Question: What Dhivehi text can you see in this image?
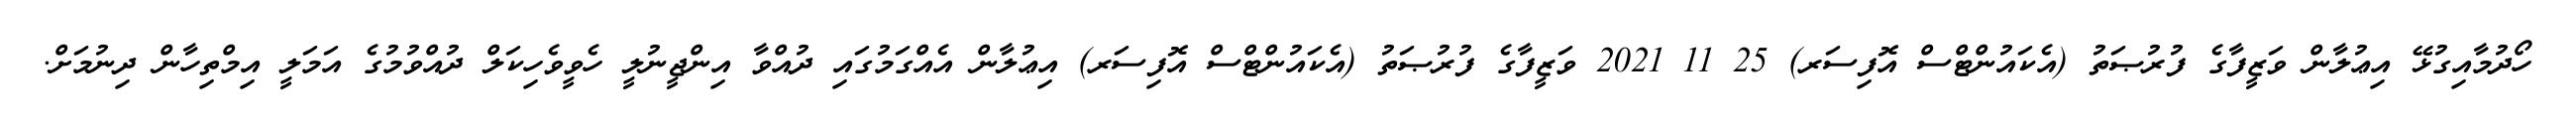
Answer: ހޯދުމާއިގުޅޭ އިޢުލާން ވަޒީފާގެ ފުރުޞަތު (އެކައުންޓްސް އޮފިސަރ) 25 11 2021 ވަޒީފާގެ ފުރުޞަތު (އެކައުންޓްސް އޮފިސަރ) އިޢުލާން އެއްގަމުގައި ދުއްވާ އިންޖީނުލީ ހެވީވެހިކަލް ދުއްވުމުގެ އަމަލީ އިމްތިހާން ދިނުމަށް.